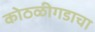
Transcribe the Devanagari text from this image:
कोठळीगडाचा